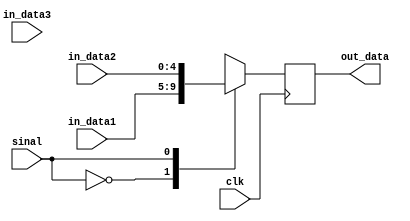
module PCMUX(clk, sinal, in_data1, in_data2, in_data3, out_data);

parameter                    data_bits = 4;
input                        clk;
input                        sinal;
input    [data_bits:0]       in_data1;
input    [data_bits:0]       in_data2;
input    [data_bits:0]       in_data3;
output   [data_bits:0]       out_data;
reg      [data_bits:0]       out_data;

always @(posedge clk)
begin
    case (sinal)
        2'b00    : out_data = in_data1;
        2'b01    : out_data = in_data2;
        default  : out_data = in_data3;
    endcase
end

endmodule